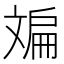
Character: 斒